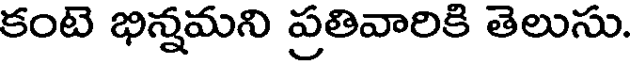
కంటె భిన్నమని ప్రతివారికి తెలుసు.